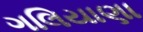
ગલિયાણા